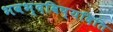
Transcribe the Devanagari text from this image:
भवभ्दविष्यदिति